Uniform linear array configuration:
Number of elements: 24
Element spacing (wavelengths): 0.25
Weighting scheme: kaiser
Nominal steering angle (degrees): -30
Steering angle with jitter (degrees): -28.33
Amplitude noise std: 0.05
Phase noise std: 0.05

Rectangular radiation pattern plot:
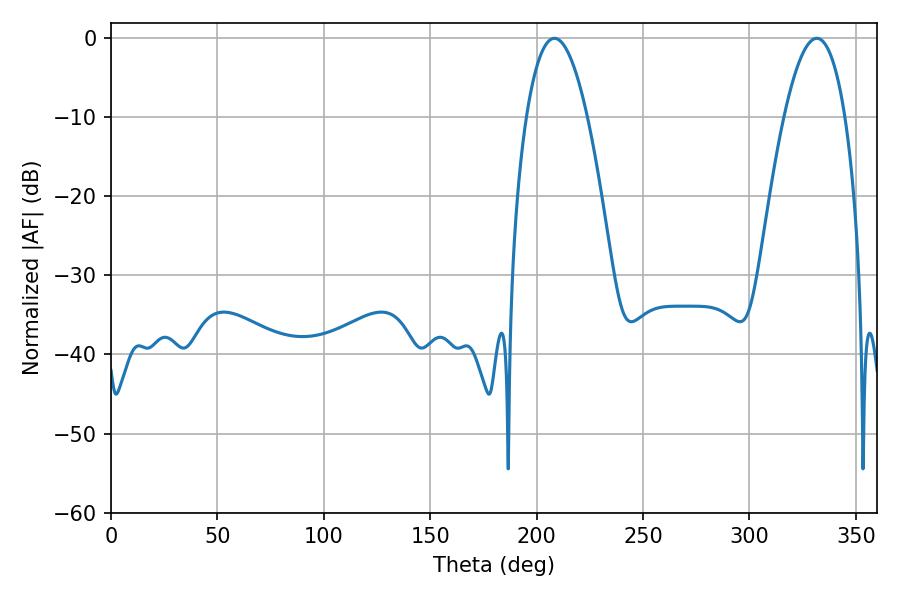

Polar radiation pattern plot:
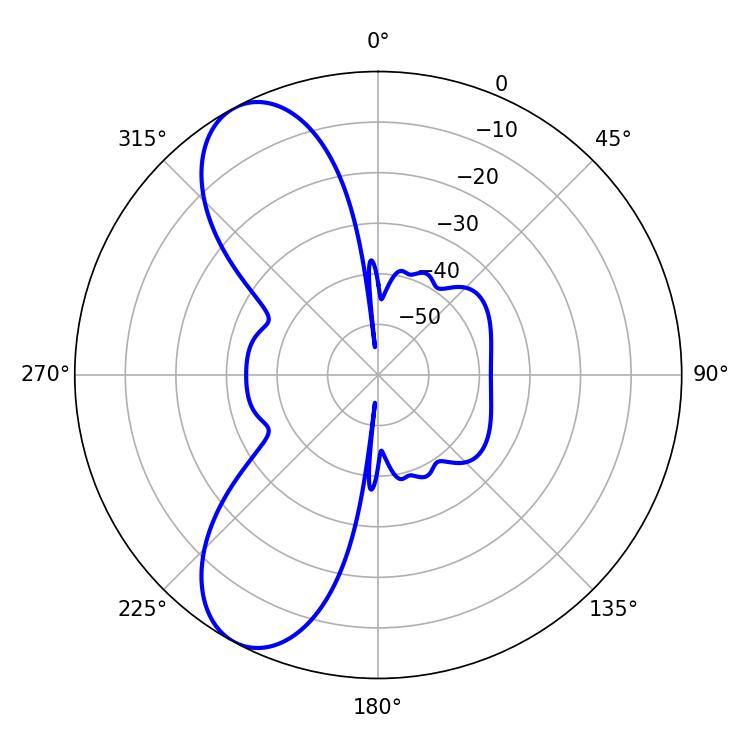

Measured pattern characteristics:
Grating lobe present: FALSE
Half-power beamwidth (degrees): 15.84
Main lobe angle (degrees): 208.44